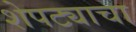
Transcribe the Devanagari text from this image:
शेपट्याचा